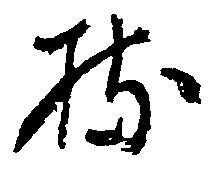
持